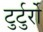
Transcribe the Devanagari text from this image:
टुर्टुर्रो